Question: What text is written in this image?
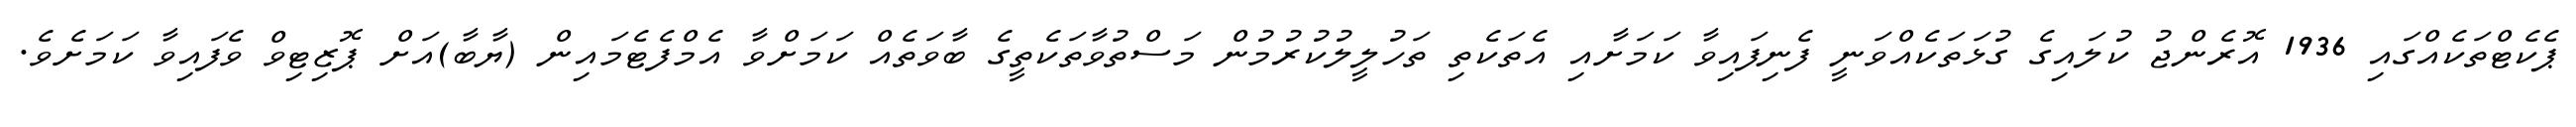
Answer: ޕެކެޓްތަކެއްގައި 1936 އޮރެންޖު ކުލައިގެ ގުޅަތަކެއްވަނީ ފެނިފައިވާ ކަމަށާއި އެތަކެތި ތަހުލީލުކުރުމުން މަސްތުވާތަކެތީގެ ބާވަތެއް ކަމަށްވާ އެމްފެޓެމައިން (ޔާބާ)އަށް ޕޮޒިޓިވް ވެފައިވާ ކަމަށެވެ.